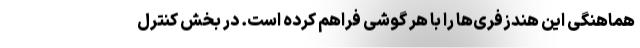
هماهنگی این هندزفری‌ها را با هر گوشی فراهم کرده است. در بخش کنترل